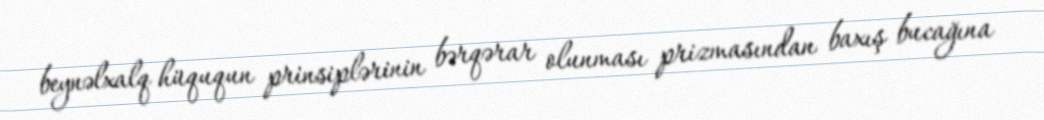
beynəlxalq hüququn prinsiplərinin bərqərar olunması prizmasından baxış bucağına